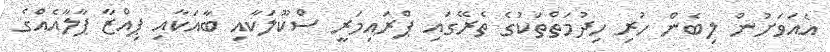
އެއަވަށުން ލިބެން ހުރި ހިދުމަތްތަކުގެ ތެރޭގައި ޕްރައިމަރީ ސްކޫލަކާއި ބާއަކާއި ޕިއްޒާ ޕާލާއެއްގެ